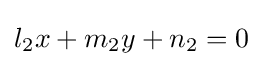
l_{2}x+m_{2}y+n_{2}=0